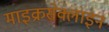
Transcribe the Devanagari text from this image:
माइक्रसेक्लाइन